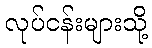
လုပ်ငန်းများသို့